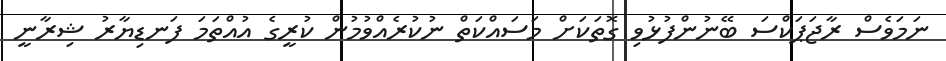
ނަމަވެސް ރާޖަޕަކްސަ ބޭނުންފުޅުވި ގޮތަކަށް މަސައްކަތް ނުކުރެއްވުމުން ކުރީގެ އުއްތަމަ ފަނޑިޔާރު ޝިރާނީ